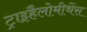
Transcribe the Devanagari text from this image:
ट्राइहैलोमीथेंस